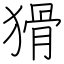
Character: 猾